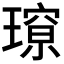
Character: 𭹽